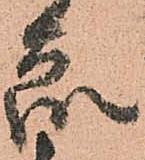
衆